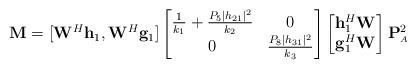
LaTeX: \begin{align*}\mathbf{M} = [\mathbf{W}^H \mathbf{h}_1, \mathbf{W}^H \mathbf{g}_1]\begin{bmatrix} \frac{1}{k_1} + \frac{P_{\scriptscriptstyle{5}} |h_{21}|^{2}}{k_2} & 0 \\ 0 & \frac{P_{\scriptscriptstyle{8}} |h_{31}|^{2}}{k_3} \end{bmatrix}\begin{bmatrix} \mathbf{h}^H_1 \mathbf{W} \\ \mathbf{g}^H_1 \mathbf{W} \end{bmatrix} \mathbf{P}^2_{\scriptscriptstyle{A}}\end{align*}